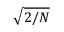
\sqrt { 2 / N }